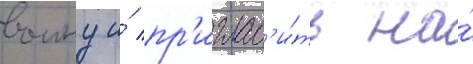
воину и́ пр'иглас'и́ть на́